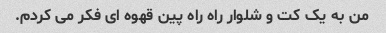
من به یک کت و شلوار راه راه پین ​​قهوه ای فکر می کردم.